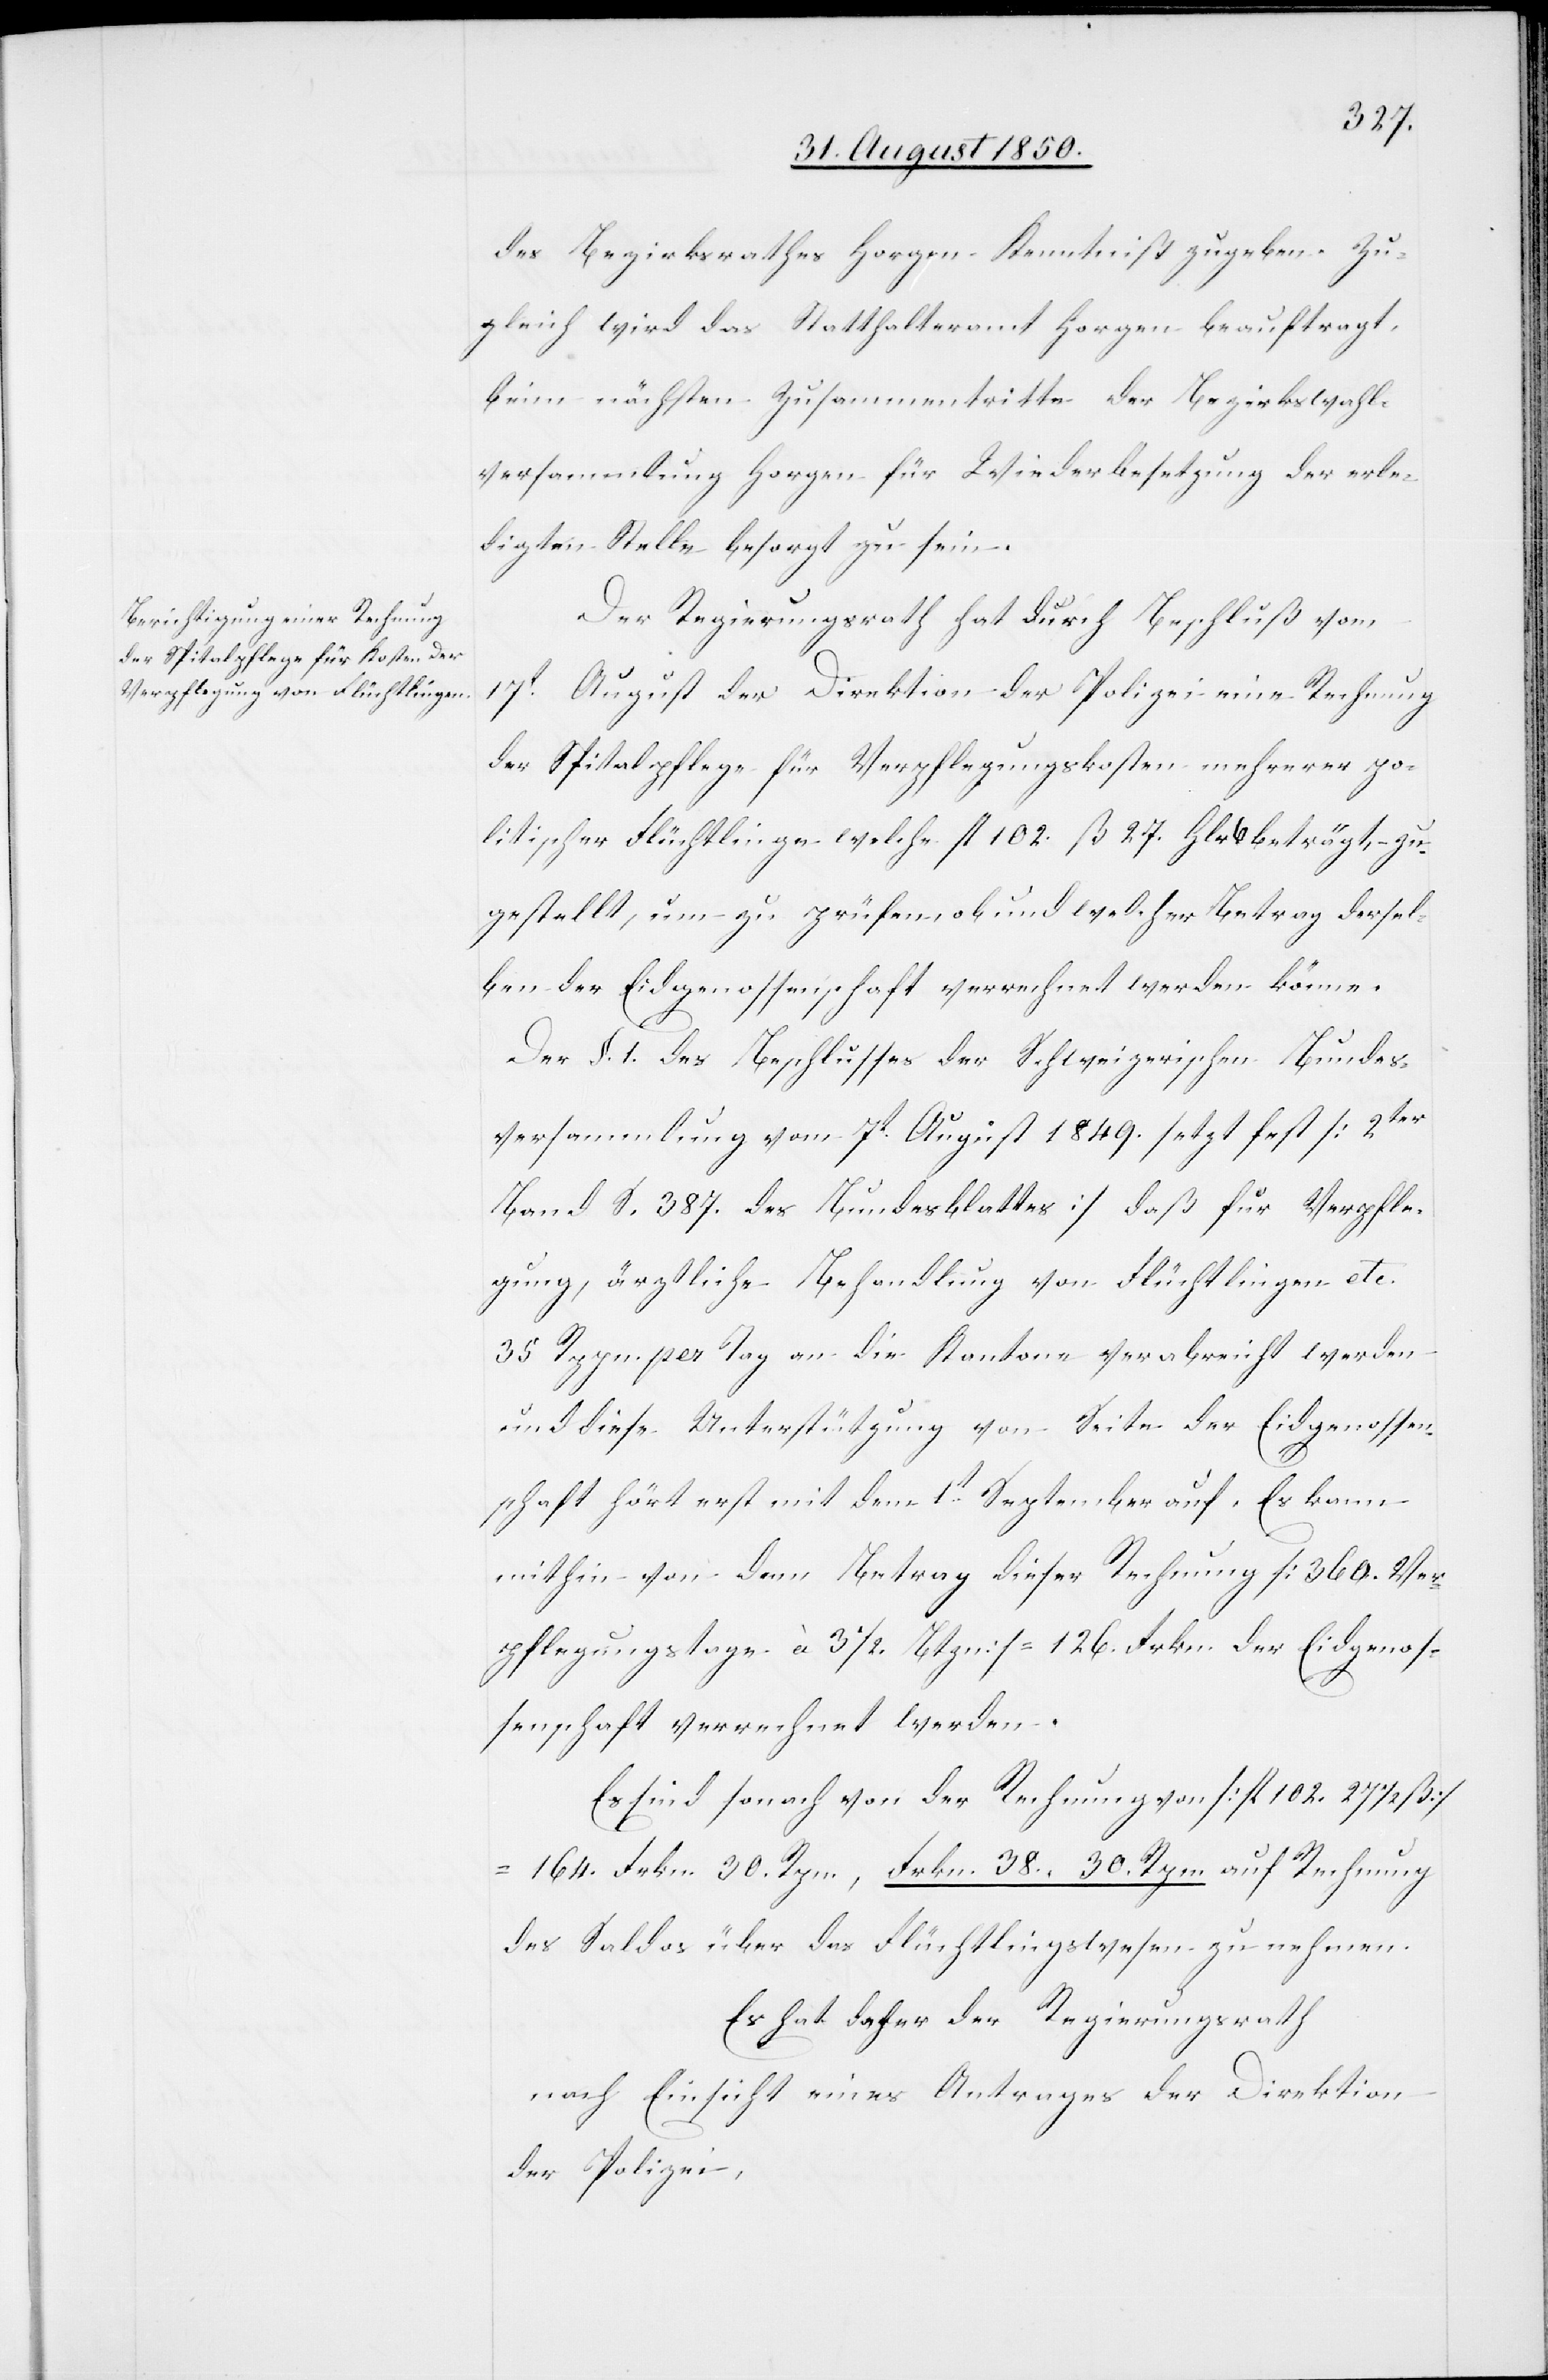
des Bezirksrathes Horgen Kenntniß zu geben. Zu¬
gleich wird das Statthalteramt Horgen beauftragt,
beim nächsten Zusammentritte der Bezirkswahl¬
versammlung Horgen für Wiederbesetzung der erle¬
digten Stelle besorgt zu sein.
Der Regierungsrath hat durch Beschluß vom
17t August der Direktion der Polizei eine Rechnung
der Spitalpflege für Verpflegungskosten mehrerer po¬
litischer Flüchtlinge welche fl 102. ß 27. Hlr 6 beträgt, zu¬
gestellt, um zu prüfen ob und welcher Betrag dersel¬
ben der Eidgenossenschaft verrechnet werden könne.
Der §. 1. des Beschlusses der Schweizerischen Bundes¬
versammlung vom 7t August 1849. setzt fest [2ter
Band S. 387. des Bundesblattes] daß für Verpfle¬
gung, ärztliche Behandlung von Flüchtlingen etc.
35 Rppn. per Tag an die Kantone verabreicht werden
und diese Unterstützung von Seite der Eidgenossen¬
schaft hört erst mit dem 1t September auf. Es kann
mithin von dem Betrag dieser Rechnung [360. Ver¬
pflegungstage à 3 1/2. Btzn] = 126. Frkn. der Eidgenos¬
senschaft verrechnet werden.
Es sind sonach von der Rechnung von [fl 102. 27 1/2 ß]
164. Frkn. 30. Rpn., Frkn. 38. 30. Rpn. auf Rechnung
des Saldos über das Flüchtlingswesen zu nehmen.
Es hat daher der Regierungsrath
nach Einsicht eines Antrages der Direktion
der Polizei